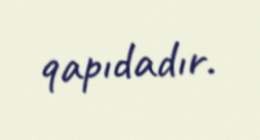
qapıdadır.